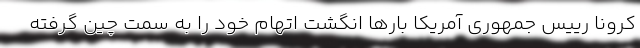
کرونا رییس جمهوری آمریکا بار‌ها انگشت اتهام خود را به سمت چین گرفته